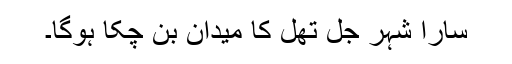
سارا شہر جل تھل کا میدان بن چکا ہوگا۔